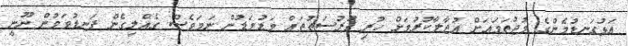
އަޅުގަނޑުމެންގެ މުޖުތަމައަށް އުޖާލާކުރުމަށް ހުރި ފުރުސަތުތައް މަޑުމަޑުން ނަމަވެސް ގެއްލިގެން ފަނޑުވަމުން ނޫނީ